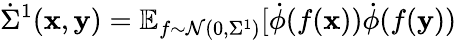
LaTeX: \dot{\Sigma}^{1}(\mathbf x,\mathbf y)=\mathbb{E}_{f\sim\mathcal{N}(0,\Sigma^{1})}[\dot{\phi}(f(\mathbf{x}))\dot{\phi}(f(\mathbf{y}))